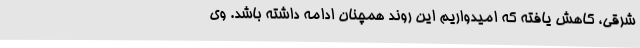
شرقی، کاهش یافته که امیدواریم این روند همچنان ادامه داشته باشد. وی